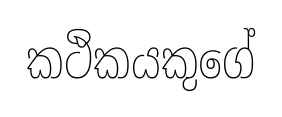
කථිකයකුගේ